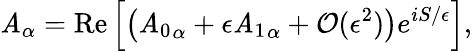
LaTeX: \mathit{A}_{\alpha}=\mathrm{{Re}}\left[\left({\mathit{A}_{0}}_{\alpha}+\epsilon{\mathit{A}_{1}}_{\alpha}+\mathcal{{O}}(\epsilon^{2})\right)e^{iS/\epsilon}\right],